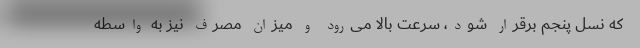
که نسل پنجم برقرار شود، سرعت بالا می‌رود و میزان مصرف نیز به واسطه